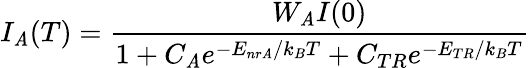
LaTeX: I_{\mathit{A}}(T)=\frac{{W_{\mathit{A}}I(0)}}{{1+C_{\mathit{A}}e^{-E_{nr\mathit{A}}/k_{B}T}+C_{TR}e^{-E_{TR}/k_{B}T}}}